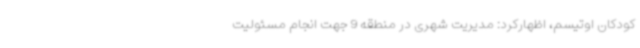
کودکان اوتیسم، اظهارکرد: مدیریت شهری در منطقه 9 جهت انجام مسئولیت